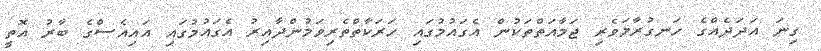
ގިނަ އަދަދެއްގެ ހަނގުރާމަވެރި ޖަމާއަތްތަކުން އެގައުމުގައި ހަރަކާތްތެރިވަމުންދާއިރު އެގައުމުގައި އައިއެސްގެ ބާރު އޮތީ